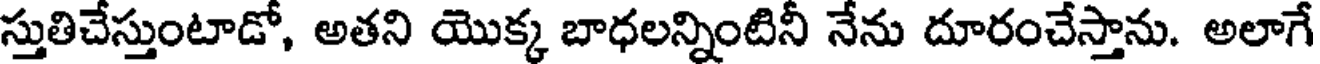
స్తుతిచేస్తుంటాడో, అతని యొక్క బాధలన్నింటినీ నేను దూరంచేస్తాను. అలాగే